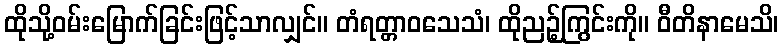
ထိုသို့ဝမ်းမြောက်ခြင်းဖြင့်သာလျှင်။ တံရတ္တာဝသေသံ၊ ထိုညဉ့်ကြွင်းကို။ ဝီတိနာမေသိ၊